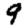
Digit: 9